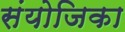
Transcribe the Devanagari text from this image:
संयोजिका